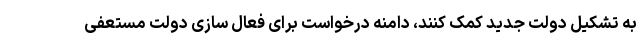
به تشکیل دولت جدید کمک کنند، دامنه درخواست برای فعال سازی دولت مستعفی